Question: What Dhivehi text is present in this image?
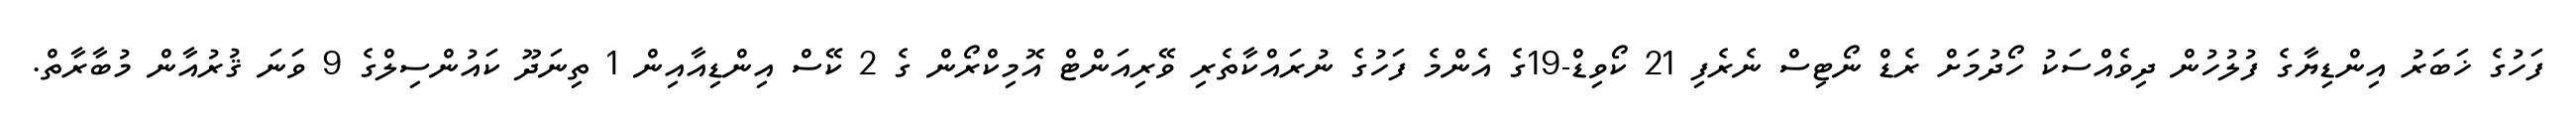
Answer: ފަހުގެ ޚަބަރު އިންޑިޔާގެ ފުލުހުން ދިވެއްސަކު ހޯދުމަށް ރެޑް ނޯޓިސް ނެރެފި 21 ކޯވިޑް-19ގެ އެންމެ ފަހުގެ ނުރައްކާތެރި ވޭރިއަންޓް އޮމިކްރޯން ގެ 2 ކޭސް އިންޑިއާއިން 1 ތިނަދޫ ކައުންސިލްގެ 9 ވަނަ ޤުރުއާން މުބާރާތް.